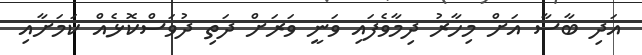
އަދި ބާސާ އަށް މިހާރު ދިމާވެފައި ވަނީ ވަރަށް ދަތި ދުވަސްކޮޅެއް ކަމަށާއި